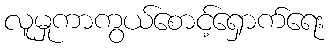
လူမှုကာကွယ်စောင့်ရှောက်ရေး